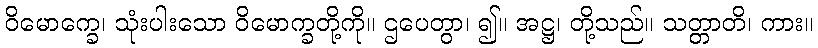
ဝိမောက္ခေ၊ သုံးပါးသော ဝိမောက္ခတို့ကို။ ဌပေတွာ၊ ၍။ အဋ္ဌ၊ တို့သည်။ သတ္တာတိ၊ ကား။